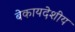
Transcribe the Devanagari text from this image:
बेकायदेशीय